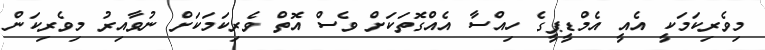
މިވެރިކަމަކީ އެއީ އެމްޑީޕީގެ ހިއްސާ އެއްގޮތަކަށް ވެސް އޮތް ވެރިކަމަކަށް ނުވާއިރު މިވެރިކަން